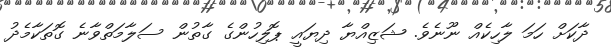
ދާކަށް ހަމަ ލާހިކެއް ނޫނެވެ. ޝަޒިއްޔާ ދިޔައީ ޕޮލިހުންގެ ގާތުން ސަލާމަތްވާނެ ގޮތަކާމެދު